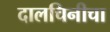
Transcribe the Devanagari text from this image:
दालचिनीचा